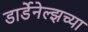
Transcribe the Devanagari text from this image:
डार्डेनेल्झच्या